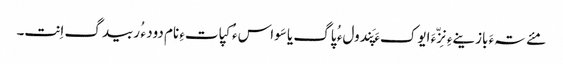
مئے تہءَ بازینےءِ نِزّءَ ایوکءَ پَندولء ُ پاگ یا سَواسء ُ کپاتءِ نام دود ء ُ ربیدگ اِنت۔